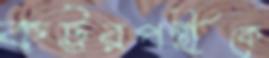
কট্টরপন্থীকে